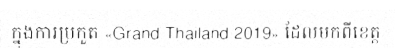
ក្នុងការប្រកួត «Grand Thailand 2019» ដែលមកពីខេត្ត